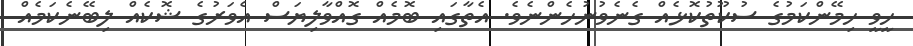
ހީވީ ހިމޭންކަމުގެ ސުކޫތުކޮޅެއް ގެނެވުނުހެންނެވެ. އެތާގައި ބޮމެއް ގޮއްވާލިޔަސް އެވަރުގެ ޝޮކެއް ލިބޭނެކަމެއް